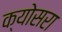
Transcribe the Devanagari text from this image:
क्योसरा